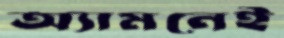
অ্যামনেই